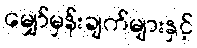
မျှော်မှန်းချက်များနှင့်